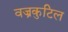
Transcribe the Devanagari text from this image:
वज्रकुटिल